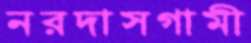
নরদাসগামী